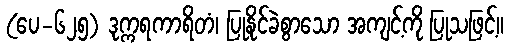
(ပေ-၆၂၅) ဒုက္ကရကာရိတံ၊ ပြုနိုင်ခဲစွာသော အကျင့်ကို ပြုသဖြင့်။